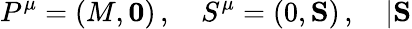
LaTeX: P^{\mu}=(M,\mathbf{0})\, ,\quad S^{\mu}=(0,\mathbf{S})\, ,\quad|\mathbf{S}